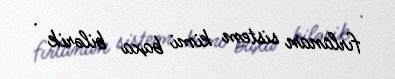
fırlanan sistem kimi baxa bilərik .